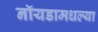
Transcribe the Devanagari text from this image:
नॉयडामधल्या